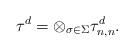
LaTeX: \begin{align*}\tau^d = \otimes_{\sigma\in\Sigma}\tau^d_{n, n}.\end{align*}